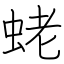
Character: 蛯